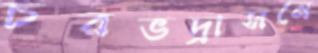
চরভদ্রাসনে